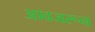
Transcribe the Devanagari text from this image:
आवजरून